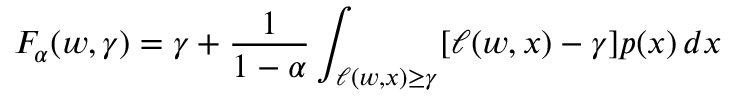
F _ { \alpha } ( w , \gamma ) = \gamma + { \frac { 1 } { 1 - \alpha } } \int _ { \ell ( w , x ) \geq \gamma } [ \ell ( w , x ) - \gamma ] p ( x ) \, d x